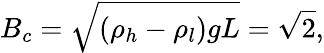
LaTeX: B_{c}=\sqrt{(\rho_{h}-\rho_{l})gL}=\sqrt{2},